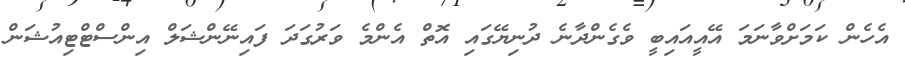
އެހެން ކަމަށްވާނަމަ އޭއީއައިބީ ވެގެންދާނެ ދުނިޔޭގައި އޮތް އެންމެ ވަރުގަދަ ފައިނޭންޝަލް އިންސްޓްޓިއުޝަން